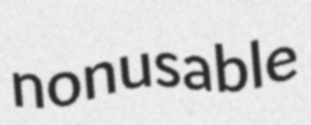
nonusable